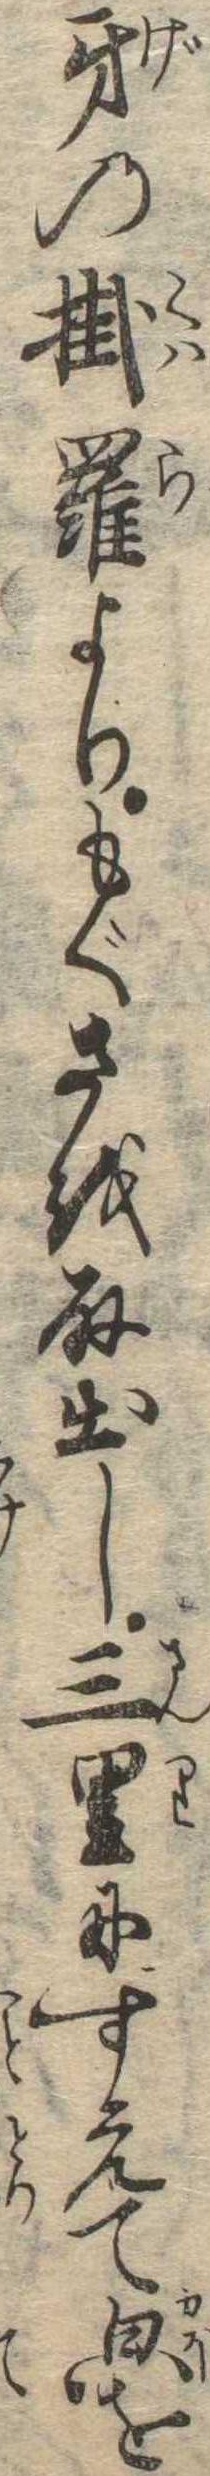
牙の掛羅よりもぐさを取出し三里にすえてを